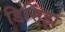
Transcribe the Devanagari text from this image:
डिसिझ